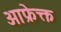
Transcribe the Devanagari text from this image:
आफ्रेक्त